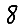
Digit: 8